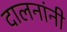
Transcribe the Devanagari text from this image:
दालनांनी